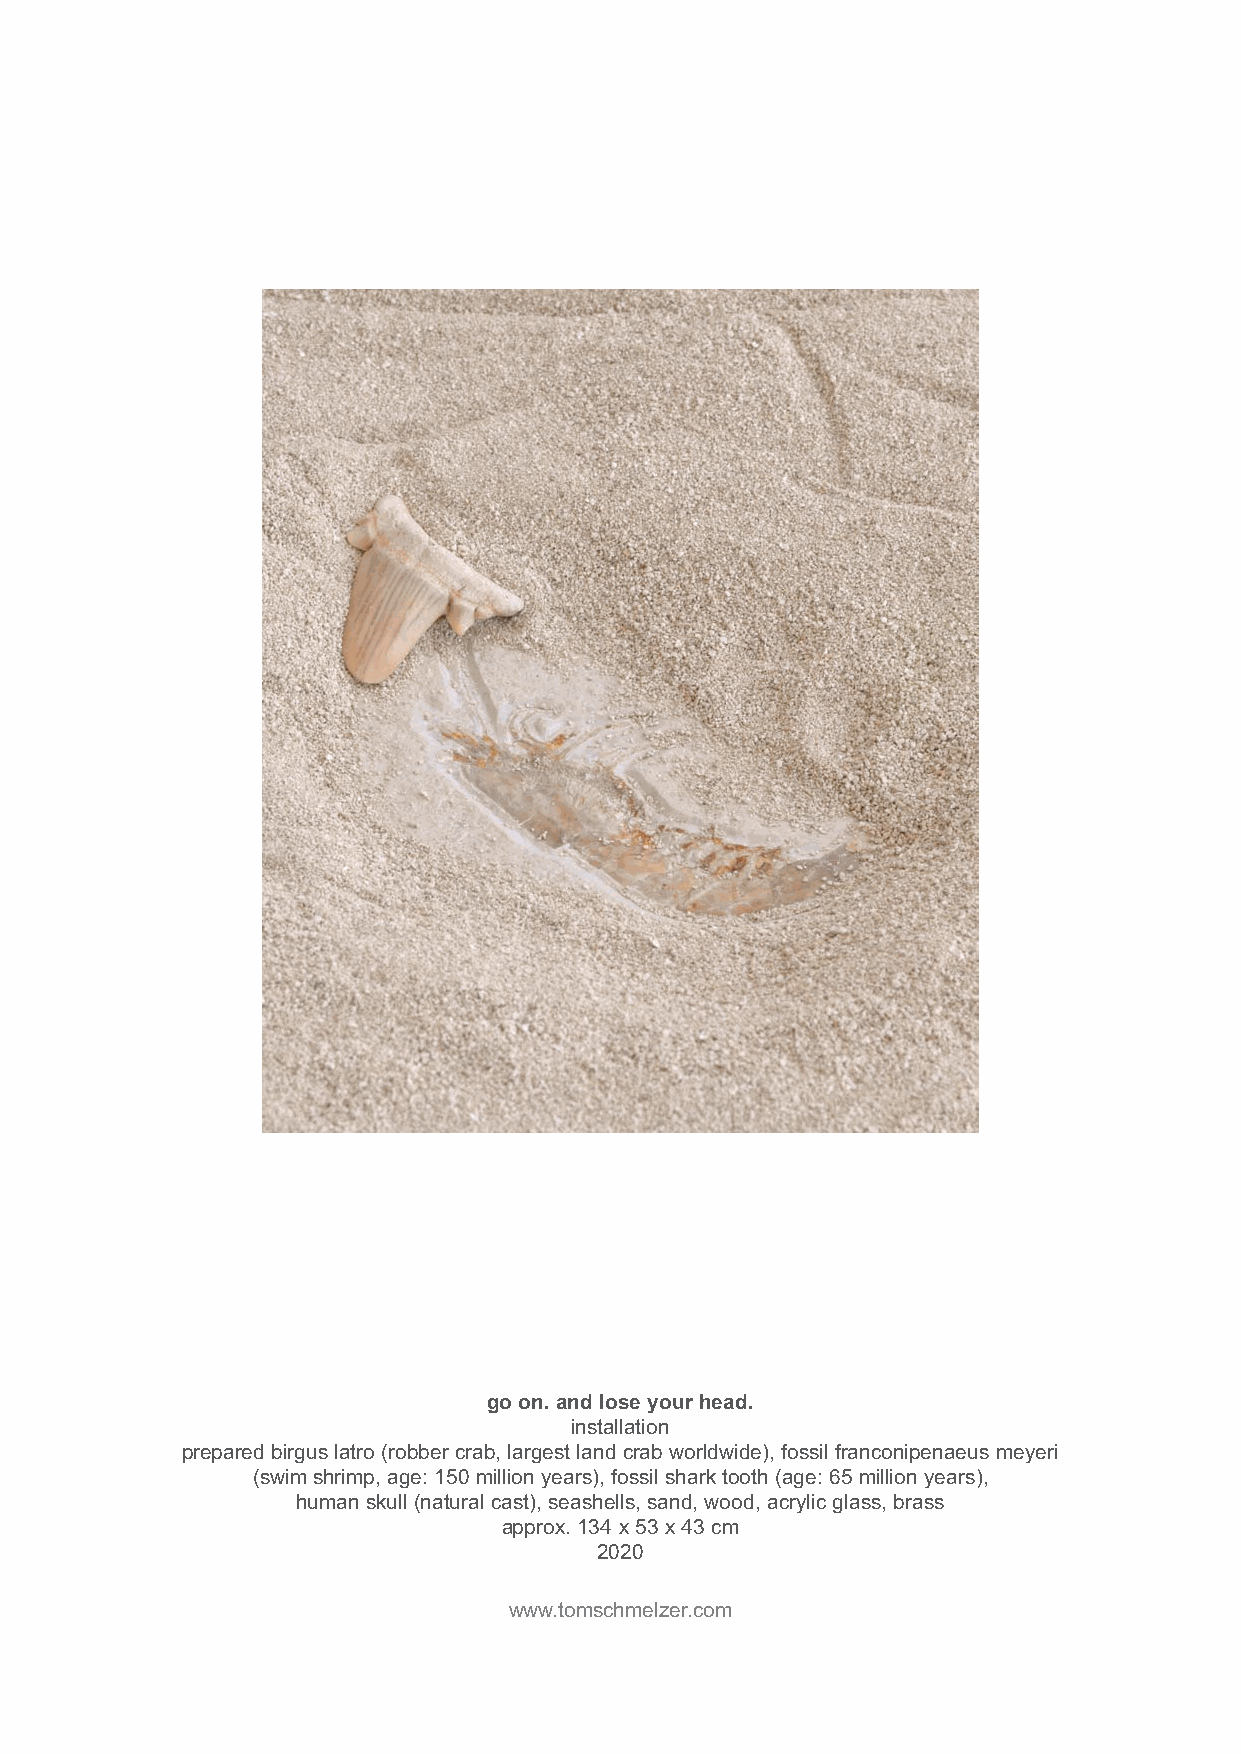
go on. and lose your head.
 installation
 prepared birgus latro (robber crab, largest land crab worldwide), fossil franconipenaeus meyeri
 (swim shrimp, age: 150 million years), fossil shark tooth (age: 65 million years),
 human skull (natural cast), seashells, sand, wood, acrylic glass, brass
 approx. 134 x 53 x 43 cm
 2020
 www.tomschmelzer.com